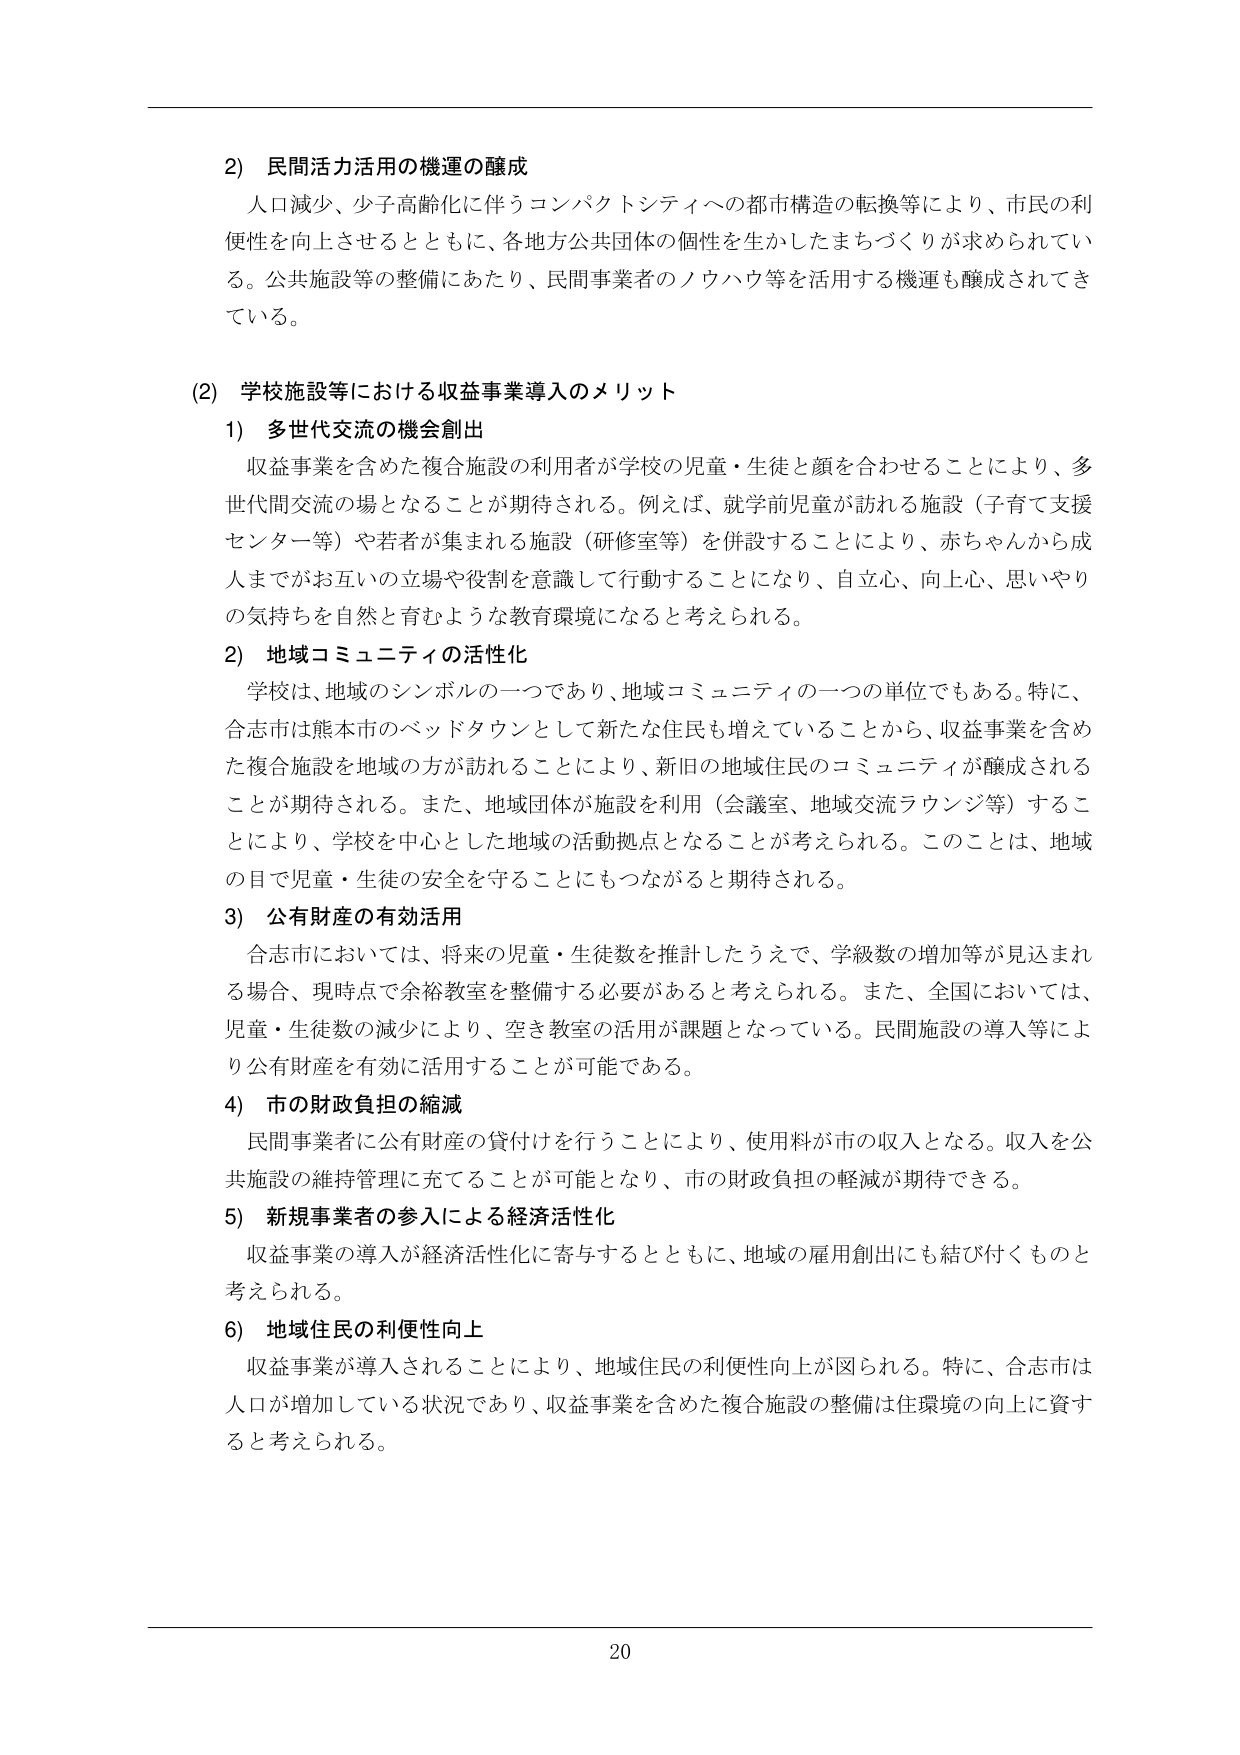
2) 民間活力活用の機運の醸成
人口減少、少子高齢化に伴うコンパクトシティへの都市構造の転換等により、市民の利便性を向上させるとともに、各地方公共団体の個性を生かしたまちづくりが求められている。公共施設等の整備にあたり、民間事業者のノウハウ等を活用する機運も醸成されてきている。

(2) 学校施設等における収益事業導入のメリット
1) 多世代交流の機会創出
収益事業を含めた複合施設の利用者が学校の児童・生徒と顔を合わせることにより、多世代間交流の場となることが期待される。例えば、就学前児童が訪れる施設（子育て支援センター等）や若者が集まれる施設（研修室等）を併設することにより、赤ちゃんから成人までがお互いの立場や役割を意識して行動することになり、自立心、向上心、思いやりの気持ちを自然と育むような教育環境になると考えられる。

2) 地域コミュニティの活性化
学校は、地域のシンボルの一つであり、地域コミュニティの一つの単位でもある。特に、合志市は熊本市のベッドタウンとして新たな住民も増えていることから、収益事業を含めた複合施設を地域の方が訪れることにより、新旧の地域住民のコミュニティが醸成されることが期待される。また、地域団体が施設を利用（会議室、地域交流ラウンジ等）することにより、学校を中心とした地域の活動拠点となることが考えられる。このことは、地域の目で児童・生徒の安全を守ることにもつながると期待される。

3) 公有財産の有効活用
合志市においては、将来の児童・生徒数を推計したうえで、学級数の増加等が見込まれる場合、現時点で余裕教室を整備する必要があると考えられる。また、全国においては、児童・生徒数の減少により、空き教室の活用が課題となっている。民間施設の導入等により公有財産を有効に活用することが可能である。

4) 市の財政負担の縮減
民間事業者に公有財産の貸付けを行うことにより、使用料が市の収入となる。収入を公共施設の維持管理に充てることが可能となり、市の財政負担の軽減が期待できる。

5) 新規事業者の参入による経済活性化
収益事業の導入が経済活性化に寄与するとともに、地域の雇用創出にも結びつくものと考えられる。

6) 地域住民の利便性向上
収益事業が導入されることにより、地域住民の利便性向上が図られる。特に、合志市は人口が増加している状況であり、収益事業を含めた複合施設の整備は住環境の向上に資すると考えられる。

20